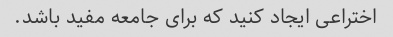
اختراعی ایجاد کنید که برای جامعه مفید باشد.